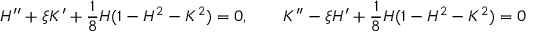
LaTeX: H ^ { \prime \prime } + \xi K ^ { \prime } + \frac 1 8 H ( 1 - H ^ { 2 } - K ^ { 2 } ) = 0 , \qquad K ^ { \prime \prime } - \xi H ^ { \prime } + \frac 1 8 H ( 1 - H ^ { 2 } - K ^ { 2 } ) = 0